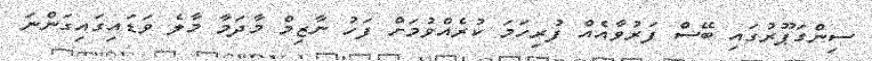
ސިންގަޕޫރުގައި ބޭސް ފަރުވާއެއް ފުރިހަމަ ކުރެއްވުމަށް ފަހު ނާޒިމް މާދަމާ މާލެ ވަޑައިގައިގަންނަ